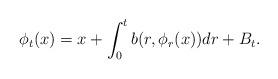
LaTeX: \begin{align*} \phi_t(x) = x + \int_0^t b(r,\phi_r(x))dr + B_t .\end{align*}